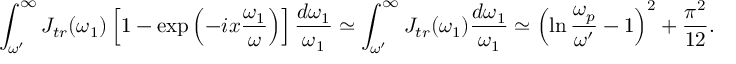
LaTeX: \int _ { \omega ^ { \prime } } ^ { \infty } J _ { t r } ( \omega _ { 1 } ) \left[ 1 - \exp \left( - i x \frac { \omega _ { 1 } } { \omega } \right) \right] \frac { d \omega _ { 1 } } { \omega _ { 1 } } \simeq \int _ { \omega ^ { \prime } } ^ { \infty } J _ { t r } ( \omega _ { 1 } ) \frac { d \omega _ { 1 } } { \omega _ { 1 } } \simeq \left( \ln \frac { \omega _ { p } } { \omega ^ { \prime } } - 1 \right) ^ { 2 } + \frac { \pi ^ { 2 } } { 1 2 } .